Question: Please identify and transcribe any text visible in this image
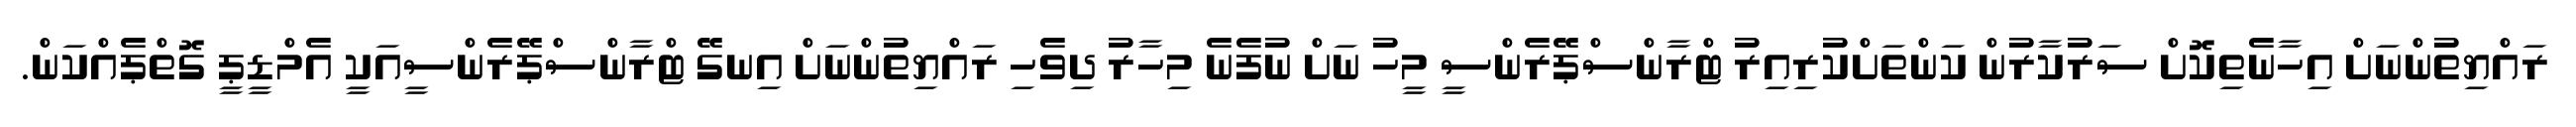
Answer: ރައްޔިތުންނަށް އިހާނެތިކޮށް ސަރުކާރުން ކަންތަށްކުރިއިރު ޓްރާންސްޕޭރެންސީ މީހު ނަށް ނުފެނެ މިހާރު ދިވެހި ރައްޔިތުންނަށް އިނގޭ ޓްރާންސްޕޭރެންސީއަކީ އެމްޑީޕީ ގޮތްޕެއްކަން.